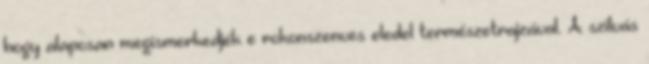
hogy alaposan megismerkedjék e rokonszenves eledel természetrajzával. A szilvás